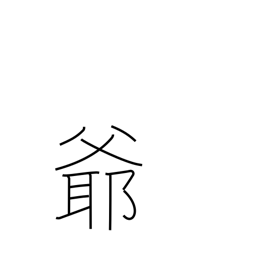
Meaning: grampa